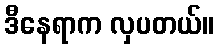
ဒီနေရာက လှပတယ်။